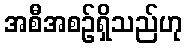
အစီအစဉ်ရှိသည်ဟု